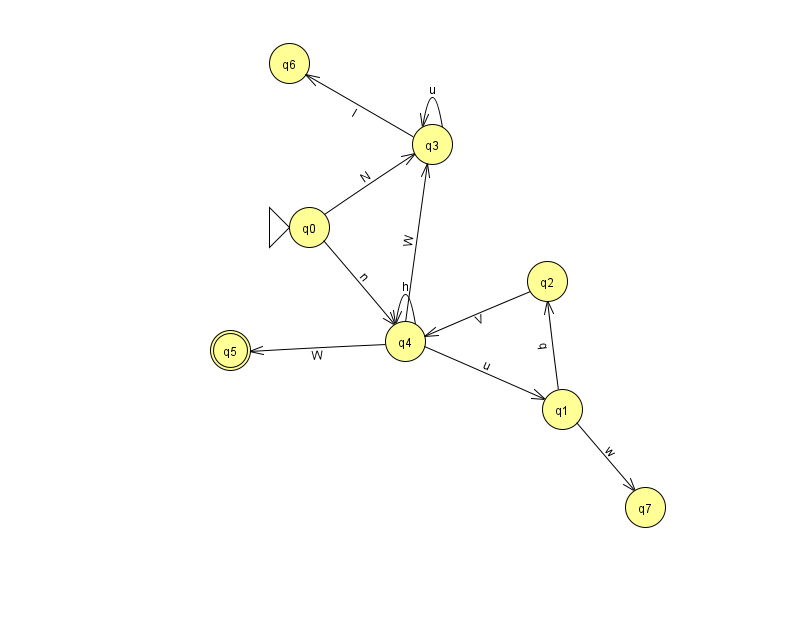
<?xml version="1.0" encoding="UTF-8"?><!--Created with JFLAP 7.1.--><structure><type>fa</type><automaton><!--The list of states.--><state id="0" name="q0"><x>309.0</x><y>214.0</y><initial/></state><state id="1" name="q1"><x>562.0</x><y>396.0</y></state><state id="2" name="q2"><x>547.0</x><y>268.0</y></state><state id="3" name="q3"><x>432.0</x><y>131.0</y></state><state id="4" name="q4"><x>405.0</x><y>328.0</y></state><state id="5" name="q5"><x>230.0</x><y>337.0</y><final/></state><state id="6" name="q6"><x>289.0</x><y>50.0</y></state><state id="7" name="q7"><x>645.0</x><y>494.0</y></state><!--The list of transitions.--><transition><from>1</from><to>2</to><read>q</read></transition><transition><from>1</from><to>7</to><read>w</read></transition><transition><from>4</from><to>1</to><read>u</read></transition><transition><from>0</from><to>3</to><read>N</read></transition><transition><from>3</from><to>3</to><read>u</read></transition><transition><from>2</from><to>4</to><read>V</read></transition><transition><from>3</from><to>6</to><read>I</read></transition><transition><from>4</from><to>4</to><read>h</read></transition><transition><from>0</from><to>4</to><read>n</read></transition><transition><from>4</from><to>3</to><read>W</read></transition><transition><from>4</from><to>5</to><read>W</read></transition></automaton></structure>